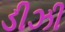
ડીઝી